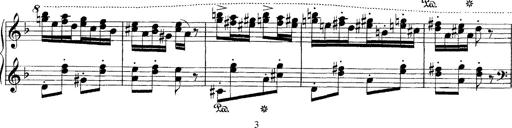
Title: Hungarian Rhapsody No.7
Composer: Franz Liszt
Key: D minor